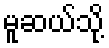
မူဆယ်သို့